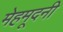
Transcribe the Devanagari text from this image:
मेहमूदनी